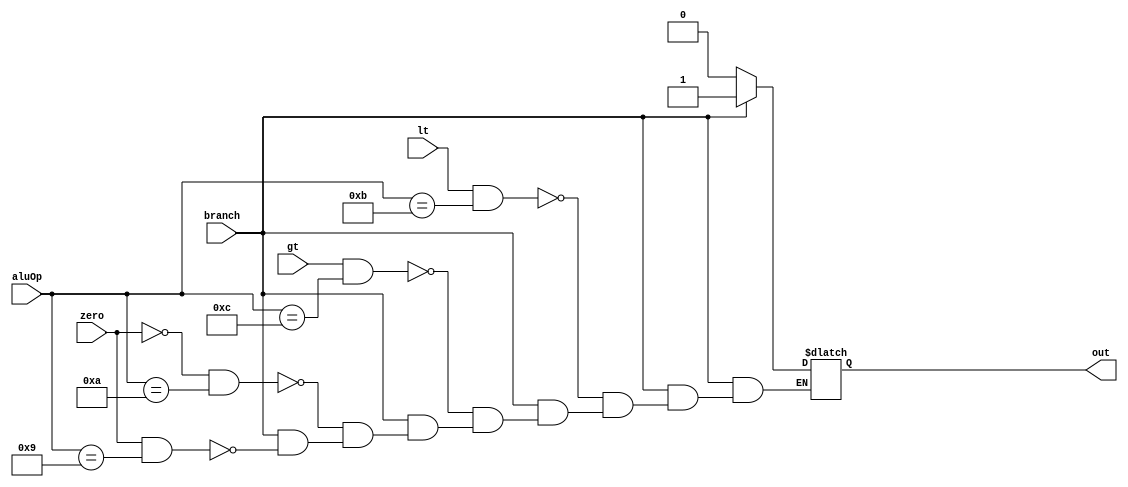
module branchControl(input branch,zero,lt,gt ,input[3:0] aluOp,output out);
  reg out1 ;
  always @(*)begin
    if (branch == 1)begin 
      if (zero == 1 && aluOp == 4'b1001) out1 = 1;
    if (zero == 0 && aluOp == 4'b1010) out1 = 1;
    if (gt == 1 && aluOp == 4'b1100) out1 = 1;
    if (lt == 1 && aluOp == 4'b1011) out1 = 1;
    end
  else out1 =0;
  end
  assign out = out1;
endmodule